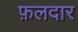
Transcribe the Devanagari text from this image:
फ़लदार